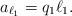
LaTeX: \begin{align*}a_{\ell_1} = q_1\ell_1.\end{align*}